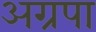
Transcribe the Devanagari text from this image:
अग्रपा